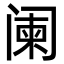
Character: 阑